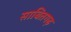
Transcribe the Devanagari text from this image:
साबितगढ़